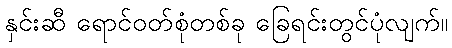
နှင်းဆီ ရောင်ဝတ်စုံတစ်ခု ခြေရင်းတွင်ပုံလျက်။